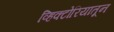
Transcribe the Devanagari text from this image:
व्हिक्टोरियातून